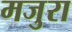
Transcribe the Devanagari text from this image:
मजुरा